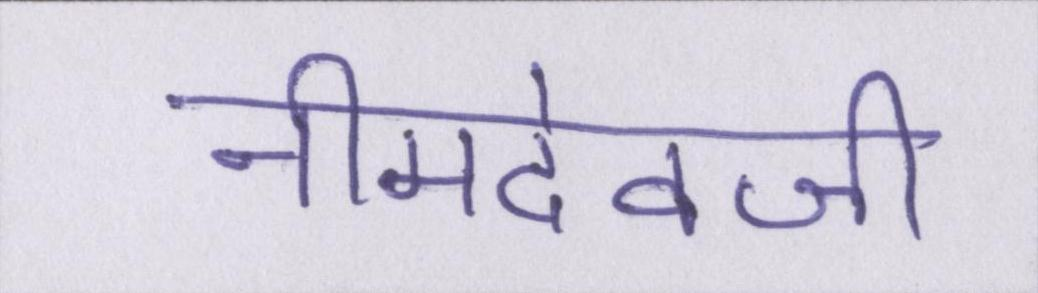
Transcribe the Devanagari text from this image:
नीमदेवजी